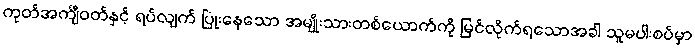
ကုတ်အင်္ကျီဝတ်နှင့် ရပ်လျက် ပြုံးနေသော အမျိုးသားတစ်ယောက်ကို မြင်လိုက်ရသောအခါ သူမပါးစပ်မှာ